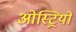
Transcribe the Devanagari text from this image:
ओस्ट्रियो